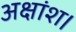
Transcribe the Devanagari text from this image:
अक्षांश।